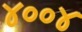
૪૦૦૪